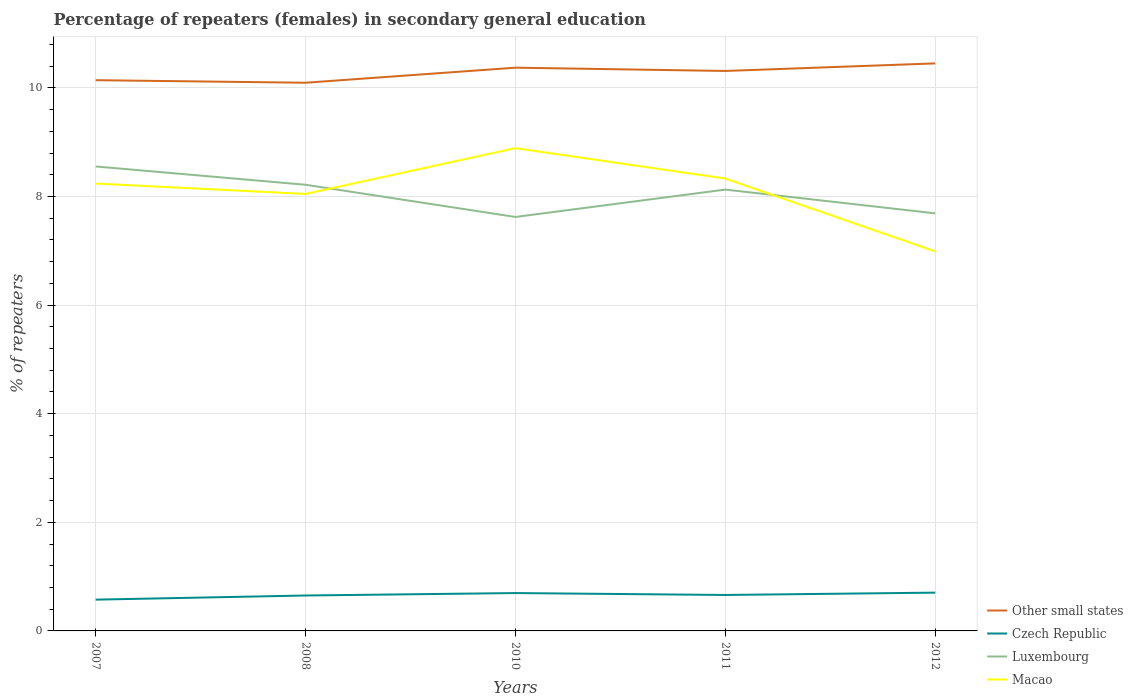
| Years | Other small states | Czech Republic | Luxembourg | Macao |
 | --- | --- | --- | --- | --- |
 | 2007 | 10.1 | 0.576 | 8.55 | 8.24 |
 | 2008 | 10.1 | 0.652 | 8.22 | 8.05 |
 | 2010 | 10.4 | 0.697 | 7.62 | 8.89 |
 | 2011 | 10.3 | 0.662 | 8.13 | 8.33 |
 | 2012 | 10.5 | 0.705 | 7.69 | 6.99 |